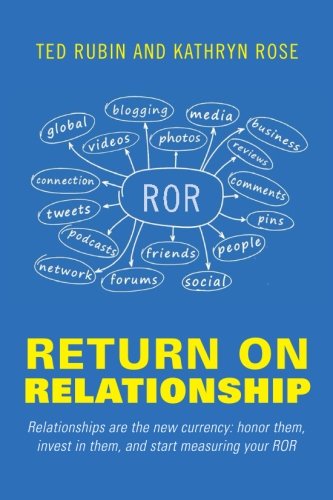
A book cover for Return on Relationship; Kathryn Rose; Computers & Technology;